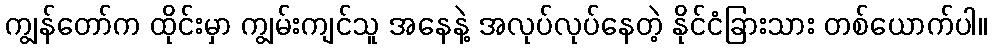
ကျွန်တော်က ထိုင်းမှာ ကျွမ်းကျင်သူ အနေနဲ့ အလုပ်လုပ်နေတဲ့ နိုင်ငံခြားသား တစ်ယောက်ပါ။